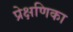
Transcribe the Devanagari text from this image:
प्रेक्षणिका